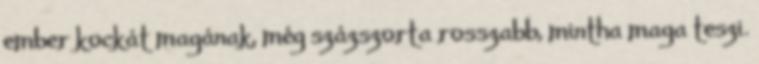
ember kockát magának, még százszorta rosszabb, mintha maga teszi.